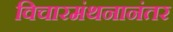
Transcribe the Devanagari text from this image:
विचारमंथनानंतर